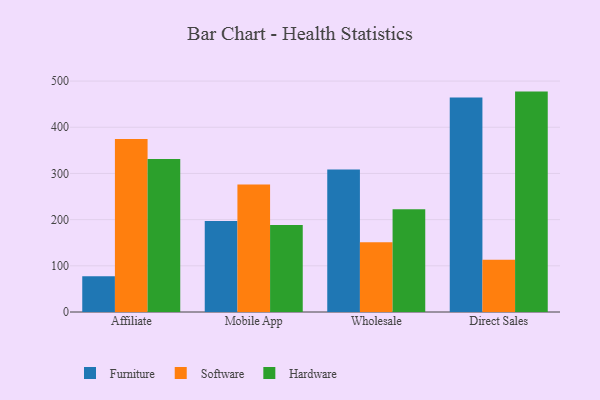
{"axis": {"x": "Channel", "y": "Operating Costs (USD K)"}, "legend": ["Furniture", "Hardware", "Software"], "data": [{"x": "Affiliate", "y": 77.6, "type": "Furniture"}, {"x": "Affiliate", "y": 374.4, "type": "Software"}, {"x": "Affiliate", "y": 331.3, "type": "Hardware"}, {"x": "Mobile App", "y": 197.2, "type": "Furniture"}, {"x": "Mobile App", "y": 275.9, "type": "Software"}, {"x": "Mobile App", "y": 188.1, "type": "Hardware"}, {"x": "Wholesale", "y": 308.8, "type": "Furniture"}, {"x": "Wholesale", "y": 150.9, "type": "Software"}, {"x": "Wholesale", "y": 222.3, "type": "Hardware"}, {"x": "Direct Sales", "y": 464.3, "type": "Furniture"}, {"x": "Direct Sales", "y": 113.1, "type": "Software"}, {"x": "Direct Sales", "y": 477.2, "type": "Hardware"}]}